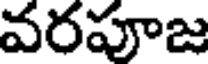
వరపూజ